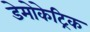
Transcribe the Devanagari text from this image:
डेमोकेट्रिक